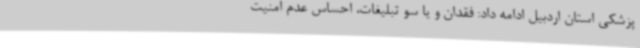
پزشکی استان اردبیل ادامه داد: فقدان و یا سو تبلیغات، احساس عدم امنیت